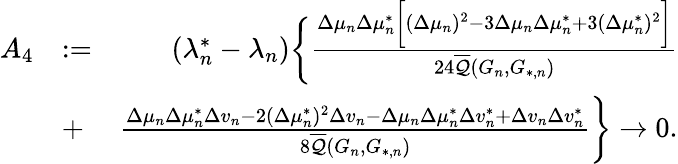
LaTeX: \begin{array}{rlr}{A_{4}}&{:=}&{(\lambda_{n}^{*}-\lambda_{n})\biggr\{ \frac{\Delta\mu_{n}\Delta\mu_{n}^{*}\biggr[(\Delta\mu_{n})^{2}-3\Delta\mu_{n}\Delta\mu_{n}^{*}+3(\Delta\mu_{n}^{*})^{2}\biggr]}{24\overline{{\mathcal{Q}}}(G_{n},G_{*,n})}}\\ &{+}&{\frac{\Delta\mu_{n}\Delta\mu_{n}^{*}\Delta v_{n}-2(\Delta\mu_{n}^{*})^{2}\Delta v_{n}-\Delta\mu_{n}\Delta\mu_{n}^{*}\Delta v_{n}^{*}+\Delta v_{n}\Delta v_{n}^{*}}{8\overline{{\mathcal{Q}}}(G_{n},G_{*,n})}\biggr\} \to 0.}\end{array}